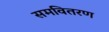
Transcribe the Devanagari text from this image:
समवितरण